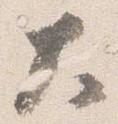
大